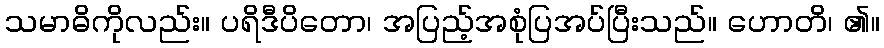
သမာဓိကိုလည်း။ ပရိဒီပိတော၊ အပြည့်အစုံပြအပ်ပြီးသည်။ ဟောတိ၊ ၏။